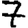
Digit: 7